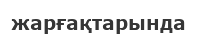
жарғақтарында